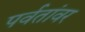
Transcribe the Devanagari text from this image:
पर्वतांवर